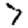
Digit: 7